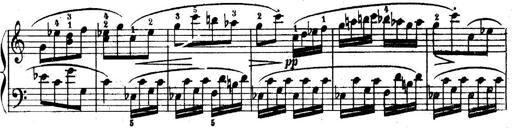
Title: 6 Piano Sonatinas
Composer: Cornelius Gurlitt